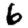
Digit: 6